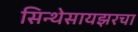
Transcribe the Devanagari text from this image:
सिन्थेसायझरचा